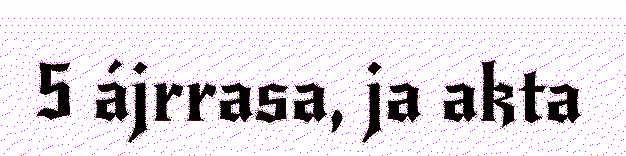
5 ájrrasa, ja akta